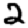
Digit: 2